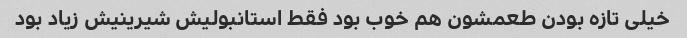
خیلی تازه بودن طعمشون هم خوب بود فقط استانبولیش شیرینیش زیاد بود